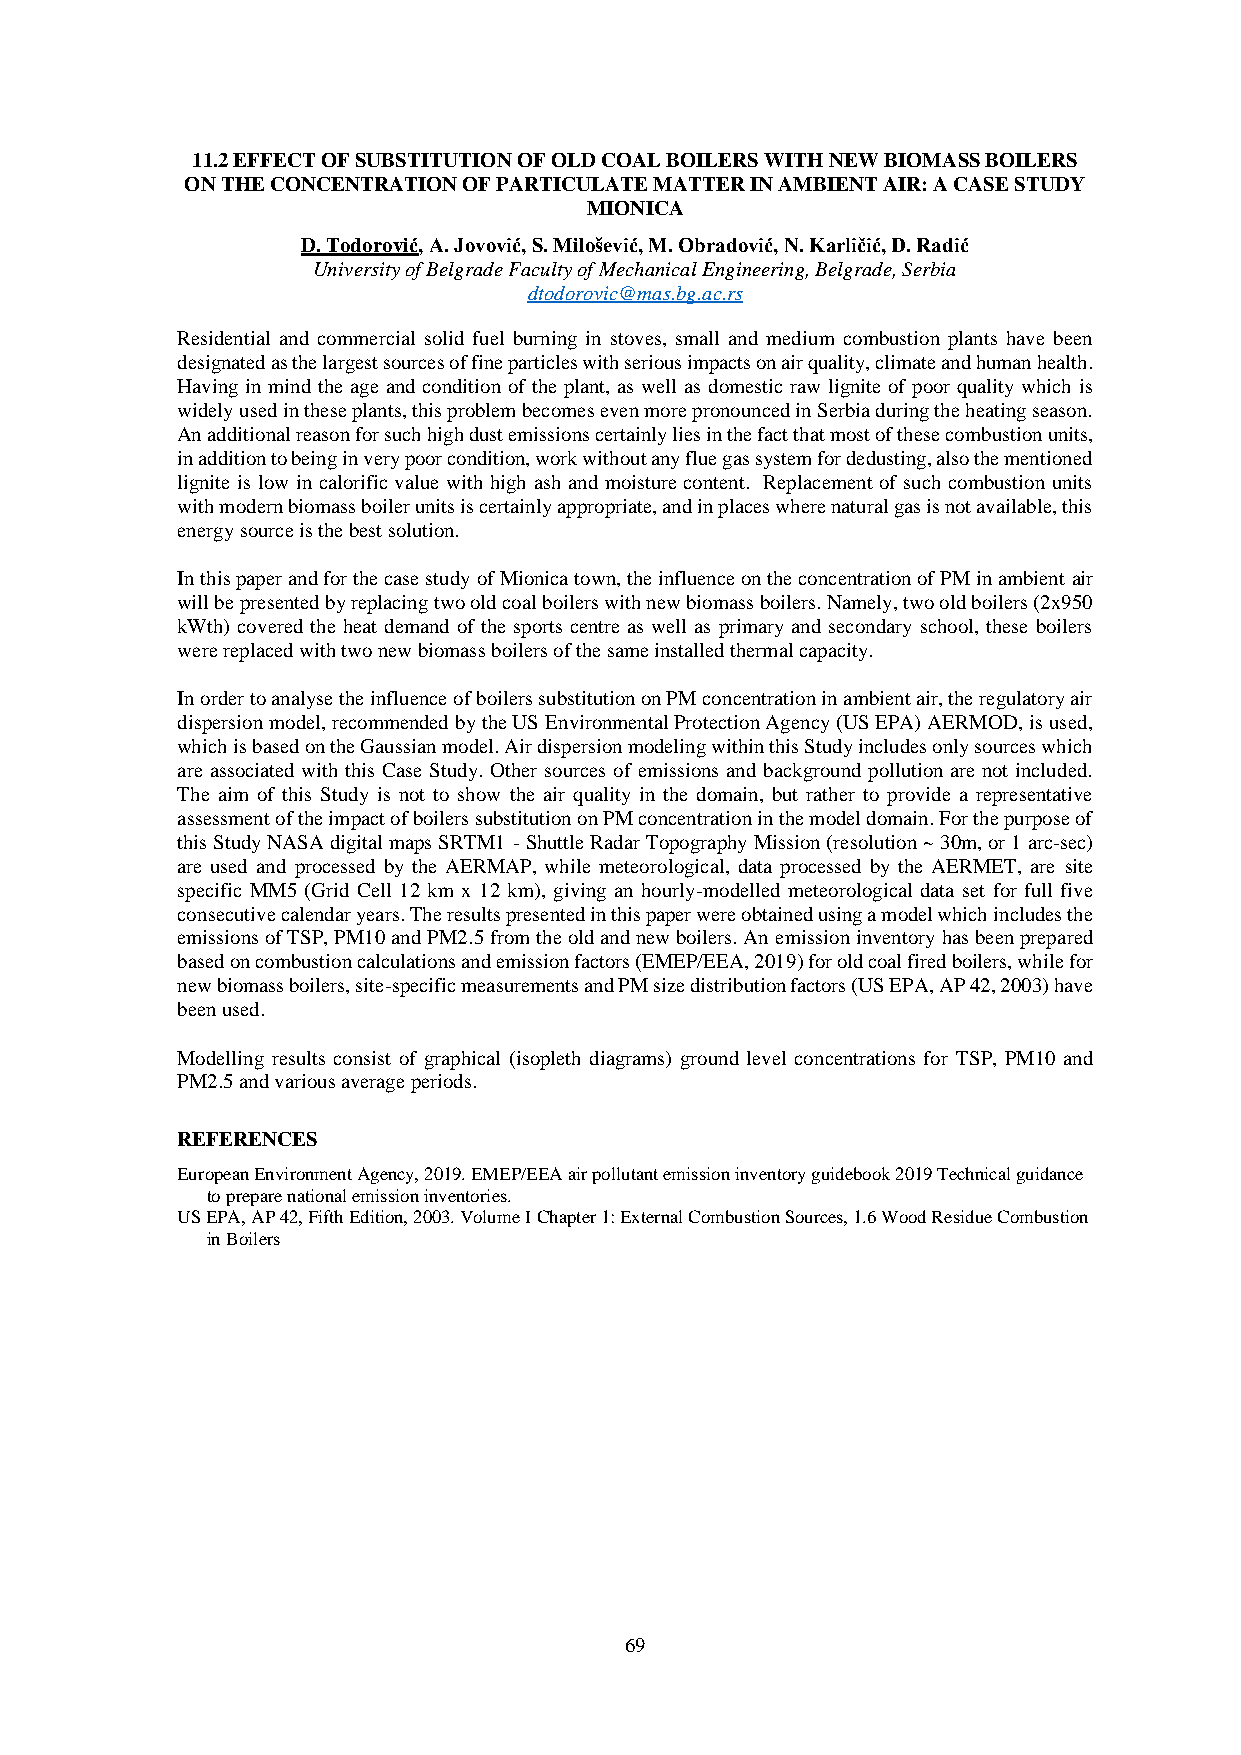
11.2 EFFECT OF SUBSTITUTION OF OLD COAL BOILERS WITH NEW BIOMASS BOILERS
 ON THE CONCENTRATION OF PARTICULATE MATTER IN AMBIENT AIR: A CASE STUDY
 MIONICA
 D. Todorović, A. Jovović, S. Milošević, M. Obradović, N. Karličić, D. Radić
 University of Belgrade Faculty of Mechanical Engineering, Belgrade, Serbia
 dtodorovic@mas.bg.ac.rs
 Residential and commercial solid fuel burning in stoves, small and medium combustion plants have been
 designated as the largest sources of fine particles with serious impacts on air quality, climate and human health.
 Having in mind the age and condition of the plant, as well as domestic raw lignite of poor quality which is
 widely used in these plants, this problem becomes even more pronounced in Serbia during the heating season.
 An additional reason for such high dust emissions certainly lies in the fact that most of these combustion units,
 in addition to being in very poor condition, work without any flue gas system for dedusting, also the mentioned
 lignite is low in calorific value with high ash and moisture content. Replacement of such combustion units
 with modern biomass boiler units is certainly appropriate, and in places where natural gas is not available, this
 energy source is the best solution.
 In this paper and for the case study of Mionica town, the influence on the concentration of PM in ambient air
 will be presented by replacing two old coal boilers with new biomass boilers. Namely, two old boilers (2x950
 kWth) covered the heat demand of the sports centre as well as primary and secondary school, these boilers
 were replaced with two new biomass boilers of the same installed thermal capacity.
 In order to analyse the influence of boilers substitution on PM concentration in ambient air, the regulatory air
 dispersion model, recommended by the US Environmental Protection Agency (US EPA) AERMOD, is used,
 which is based on the Gaussian model. Air dispersion modeling within this Study includes only sources which
 are associated with this Case Study. Other sources of emissions and background pollution are not included.
 The aim of this Study is not to show the air quality in the domain, but rather to provide a representative
 assessment of the impact of boilers substitution on PM concentration in the model domain. For the purpose of
 this Study NASA digital maps SRTM1 - Shuttle Radar Topography Mission (resolution ~ 30m, or 1 arc-sec)
 are used and processed by the AERMAP, while meteorological, data processed by the AERMET, are site
 specific MM5 (Grid Cell 12 km x 12 km), giving an hourly-modelled meteorological data set for full five
 consecutive calendar years. The results presented in this paper were obtained using a model which includes the
 emissions of TSP, PM10 and PM2.5 from the old and new boilers. An emission inventory has been prepared
 based on combustion calculations and emission factors (EMEP/EEA, 2019) for old coal fired boilers, while for
 new biomass boilers, site-specific measurements and PM size distribution factors (US EPA, AP 42, 2003) have
 been used.
 Modelling results consist of graphical (isopleth diagrams) ground level concentrations for TSP, PM10 and
 PM2.5 and various average periods.
 REFERENCES
 European Environment Agency, 2019. EMEP/EEA air pollutant emission inventory guidebook 2019 Technical guidance
 to prepare national emission inventories.
 US EPA, AP 42, Fifth Edition, 2003. Volume I Chapter 1: External Combustion Sources, 1.6 Wood Residue Combustion
 in Boilers
 69